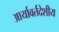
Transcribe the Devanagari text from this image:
आर्यावर्तदेशीय